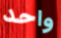
واحد